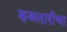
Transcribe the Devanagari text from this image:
कळलावीच्या